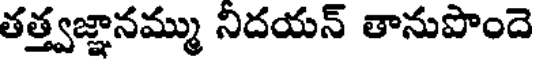
తత్త్వజ్ఞానమ్ము నిదయన్ తానుపొందె